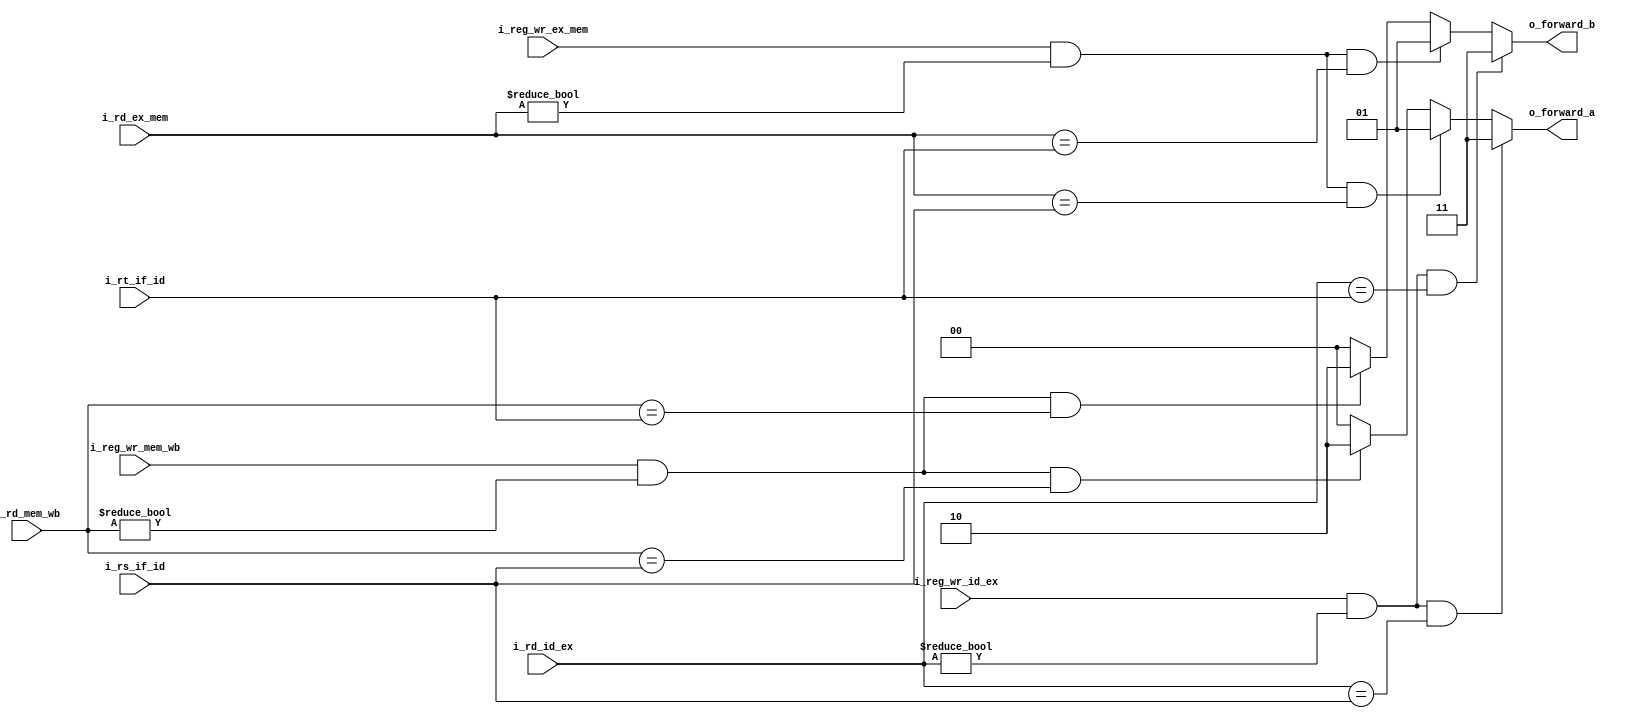
`timescale 1ns / 1ps
//////////////////////////////////////////////////////////////////////////////////
// Company: 
// Engineer: 
// 
// Design Name: 
// Module Name: forwarding_unit
//<-----------------------------------------------
// Project Name: 
// Target Devices: 
// Tool Versions: 
// Description: 
// 
// Dependencies: 
// 
// Revision:
// Revision 0.01 - File Created
// Additional Comments:
// 
//////////////////////////////////////////////////////////////////////////////////


module forwarding_unit#(
        parameter   TAM_BITS_FORWARD  =   2,
        parameter   TAM_DIREC_REG     =   5  
)(
    input   [TAM_DIREC_REG-1 : 0]       i_rs_if_id,
    input   [TAM_DIREC_REG-1 : 0]       i_rt_if_id,
    input   [TAM_DIREC_REG-1 : 0]       i_rd_id_ex,
    input   [TAM_DIREC_REG-1 : 0]       i_rd_ex_mem,
    input   [TAM_DIREC_REG-1 : 0]       i_rd_mem_wb,
    input                               i_reg_wr_ex_mem,
    input                               i_reg_wr_id_ex,
    input                               i_reg_wr_mem_wb,
    output  [TAM_BITS_FORWARD-1 : 0]    o_forward_a,
    output  [TAM_BITS_FORWARD-1 : 0]    o_forward_b
);
    assign o_forward_a = (i_reg_wr_id_ex && (i_rd_id_ex != 0) && (i_rd_id_ex == i_rs_if_id)) 
        ? 2'b11 //Lo saca de la ALU (etapa de id/ex)
        : (i_reg_wr_ex_mem && (i_rd_ex_mem != 0) && (i_rd_ex_mem == i_rs_if_id)) 
        ? 2'b01 //Lo saca de la salida de la ALU (etapa ex/mem)
        : (i_reg_wr_mem_wb && (i_rd_mem_wb != 0) && (i_rd_mem_wb == i_rs_if_id)) 
        ? 2'b10 //Lo saca del WB
        : 2'b00; //Lo saca del registro

    assign o_forward_b = (i_reg_wr_id_ex && (i_rd_id_ex != 0) && (i_rd_id_ex == i_rt_if_id)) 
        ? 2'b11 //Lo saca de la ALU (etapa id/ex)
        : (i_reg_wr_ex_mem && (i_rd_ex_mem != 0) && (i_rd_ex_mem == i_rt_if_id))
        ? 2'b01 //Lo saca de la ALU /etapa ex/mem
        : (i_reg_wr_mem_wb && (i_rd_mem_wb != 0) && (i_rd_mem_wb == i_rt_if_id))
        ? 2'b10 //Lo saca del WB
        : 2'b00; //Lo saca del registro
endmodule